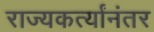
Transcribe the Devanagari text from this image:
राज्यकर्त्यांनंतर